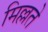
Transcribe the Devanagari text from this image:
मिल्लते